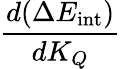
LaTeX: \frac{d(\Delta E_{\mathrm{int}})}{dK_{Q}}